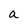
Character: a